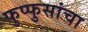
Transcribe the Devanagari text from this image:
फुप्फुसांचा